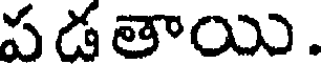
పడతాయి.